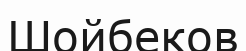
Шойбеков